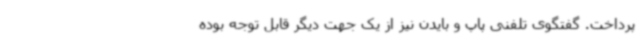
پرداخت. گفتگوی تلفنی پاپ و بایدن نیز از یک جهت دیگر قابل توجه بوده